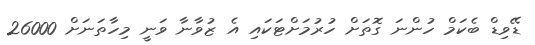
ޑޭވިޑް ބެކަމް ހުންނަ ގޮތަށް ހުރުމަށްޓަކައި އެ ޒުވާނާ ވަނީ މިހާތަނަށް 26000